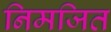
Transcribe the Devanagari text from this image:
निमजित